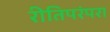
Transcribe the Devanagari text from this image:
रीतिपरंपरा